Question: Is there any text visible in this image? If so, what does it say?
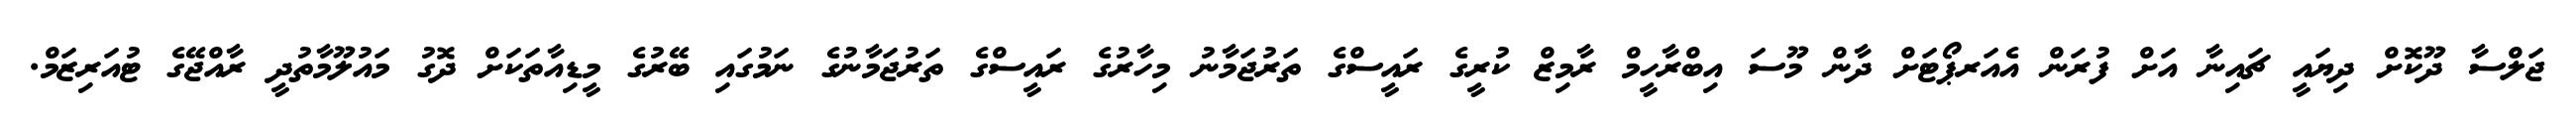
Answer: ޖަލްސާ ދޫކޮށް ދިޔައީ ޗައިނާ އަށް ފުރަން އެއަރޕޯޓަށް ދާން މޫސަ އިބްރާހީމް ރާމިޒް ކުރީގެ ރައީސްގެ ތަރުޖަމާނު މިހާރުގެ ރައީސްގެ ތަރުޖަމާނުގެ ނަމުގައި ބޭރުގެ މީޑިއާތަކަށް ދޮގު މައުލޫމާތުދީ ރާއްޖޭގެ ޓުއަރިޒަމް.